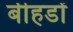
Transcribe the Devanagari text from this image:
बीहडों